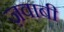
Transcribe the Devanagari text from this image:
ज़वाबी